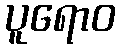
ပူရောဝ